Civil Veterinary Dept. North-West Frontier Province 1933-46 - 1933-1946
Year: 1933
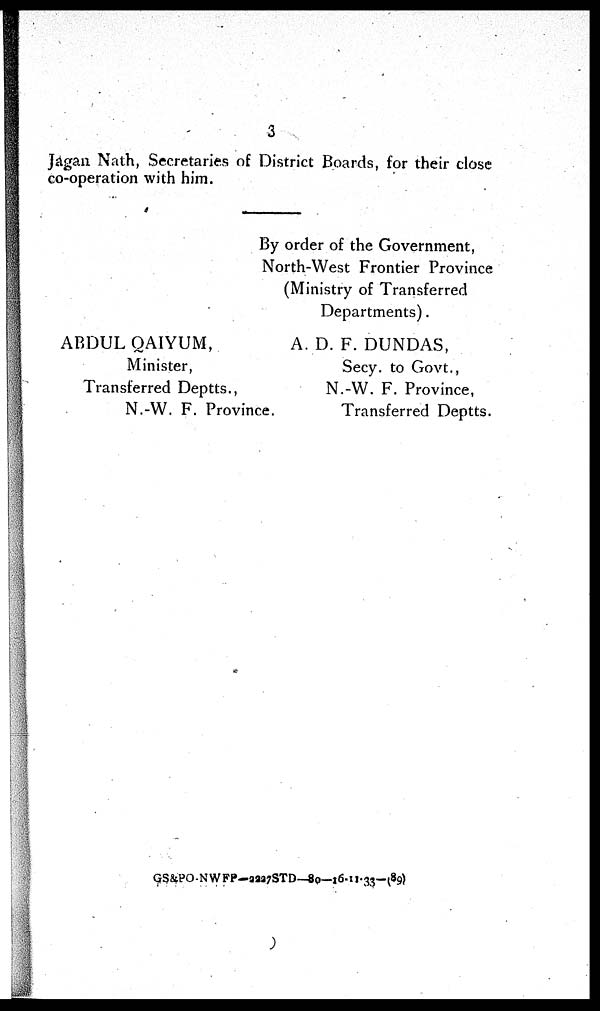
3
Jagan Nath, Secretaries of District Boards, for their close
co-operation with him.
By order of the Government,
North-West Frontier Province
(Ministry of Transferred
Departments).
ABDUL QAIYUM,
Minister,
Transferred Deptts.,
N.-W. F. Province.
A. D. F. DUNDAS,
Secy. to Govt.,
N.-W. F. Province,
Transferred Deptts.
GS&PO-NWFP—2227STD—80—16-11-33—(89)